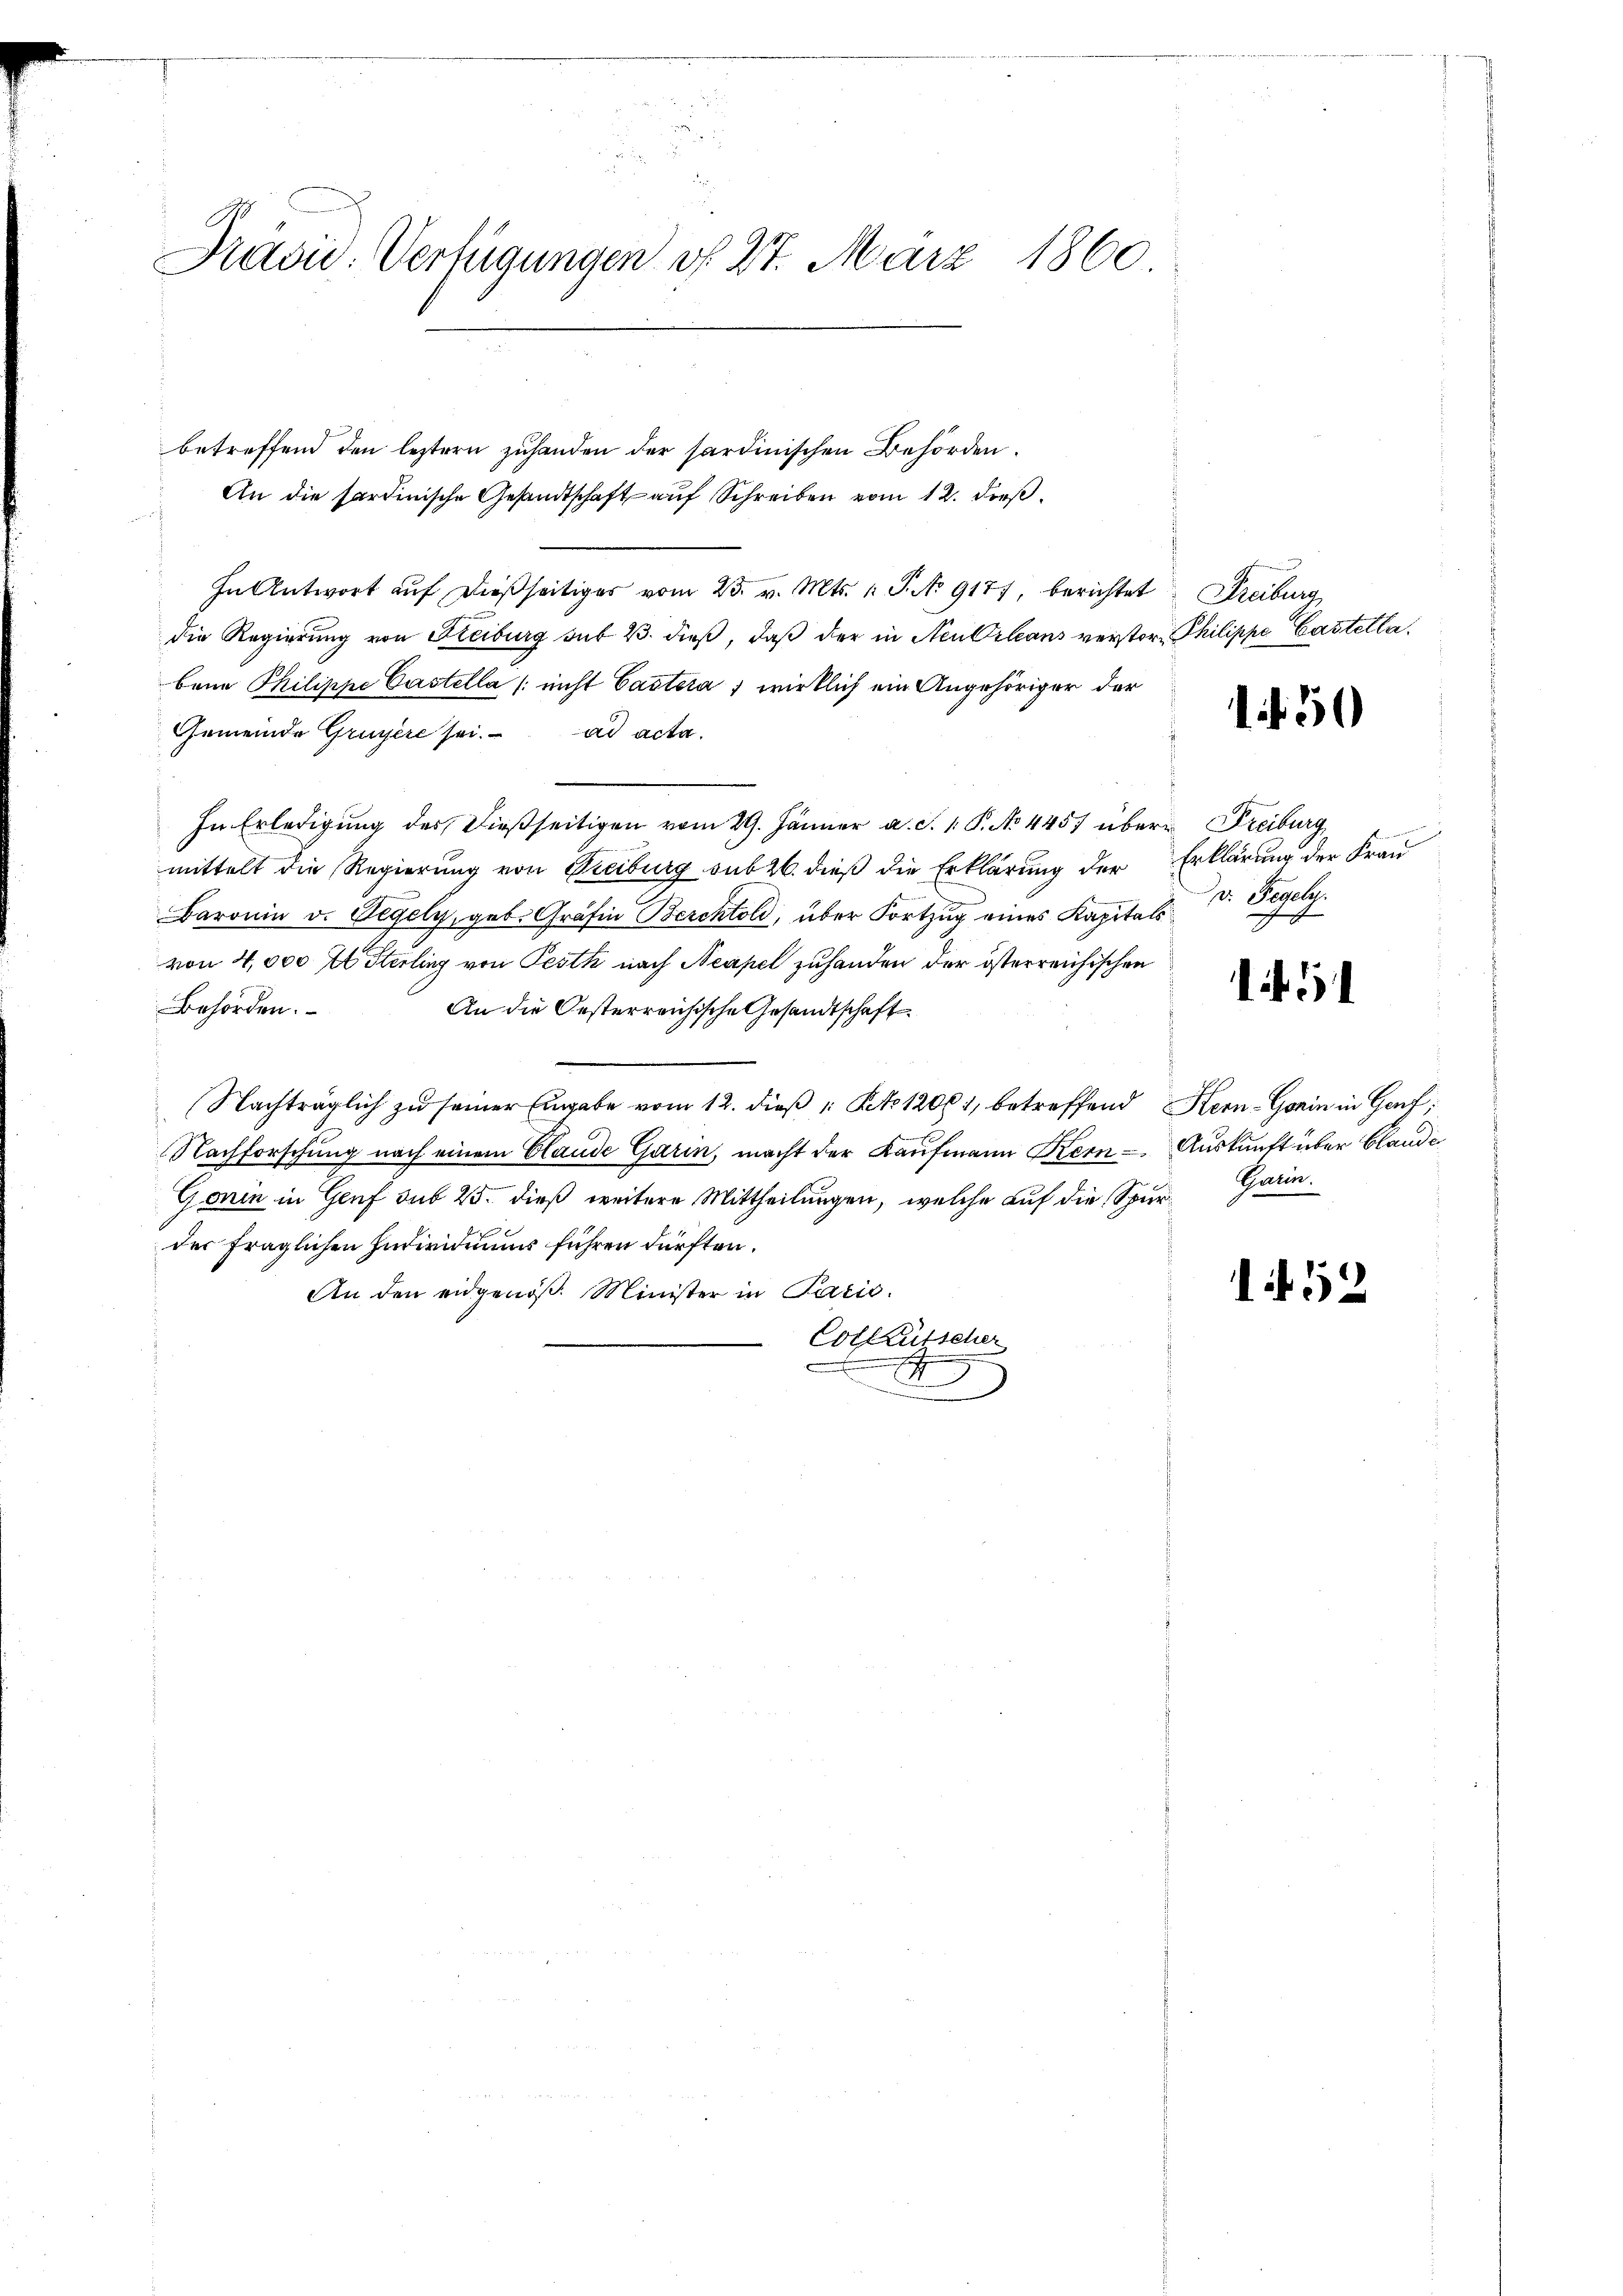
Präsid. Verfügungen v. 27. März 1860

betreffend den leztern zuhanden der sardinischen Behörden.
An die Sardinische Gesandtschaft auf Schreiben vom 12. dieß¬
In Antwort auf dießseitiges vom 23. v. Mts. 1 S. No 9177, berichtet
die Regierung von Reiburg sub 2. dieß, daß der in Neubilans verstor Philippe Castella
bene Philippe Castella /: nicht Castera 1 wirklich ein Angehöriger der
Gemeinde Gruyère sei. ad acta.
In Erledigung des dießseitigen vom 29. Jänner a. S. 1. P. No 4457 über Freiburg
mittelt die Regierung von Freiburg sub 26. dieß die Erklärung der
Baronin v. Segely, geb. Gräfin Berchtold, über Fortzug eines Kapitalsvon 4,000 fl Sterling von Pesth nach Neapel zuhanden der österreichischen
Behörden.
An die Oesterreichische Gesandtschaft.
Nachträglich zŭ seiner Eingabe vom 12. dieβ " Pct. 12061, betreffend Hern-Gorin in Genf;
Nachforschung nach einem Claude Garin, macht der Kaufmann Kern
Gonin in Genf sub 25. dieß weitere Mittheilungen, welche auf die Spur-Garin.
der fraglichen Individuums führen dürften.
An den eidgenöß. Minister in Paris.
Colktütscher
J

Freiburg

50

Erklärung der Frau
v. Regeln.

Auskunft über blande

152